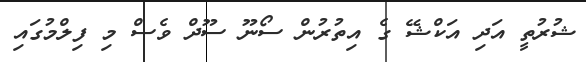
ޝުރުތީ އަދި އަކްޝޭ ގެ އިތުރުން ސޯނޫ ސޫދް ވެސް މި ފިލްމުގައި